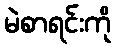
မဲစာရင်းကို